Plague in India, 1896, 1897 - Volume 1
Year: 1896
Disease focus: Plague
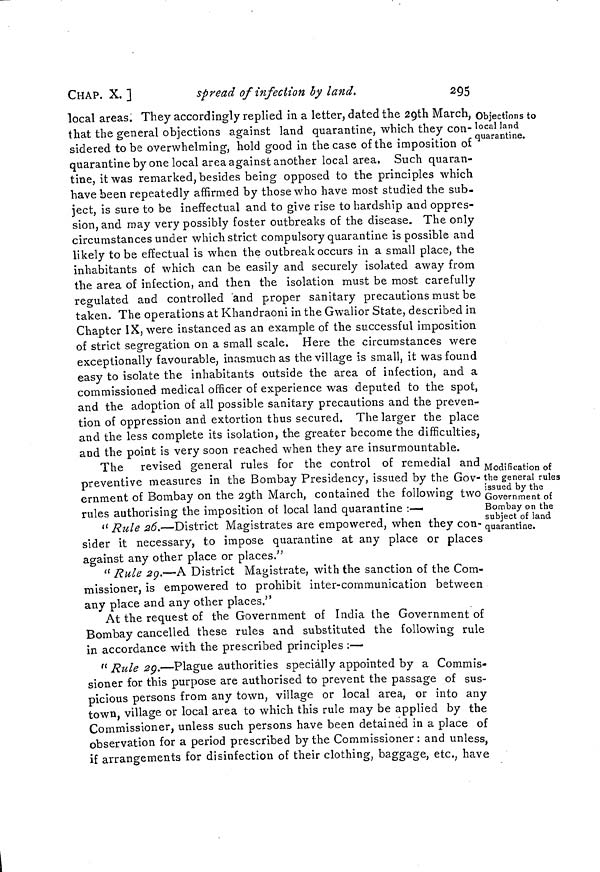
CHAP. X. ]
spread of infection by land.
295
Objections to
local land
quarantine.
local areas. They accordingly replied in a letter, dated the 29th March,
that the general objections against land quarantine, which they con-
sidered to be overwhelming, hold good in the case of the imposition of
quarantine by one local area against another local area, Such quaran-
tine, it was remarked, besides being opposed to the principles which
have been repeatedly affirmed by those who have most studied the sub-
ject, is sure to be ineffectual and to give rise to hardship and oppres-
sion, and may very possibly foster outbreaks of the disease. The only
circumstances under which strict compulsory quarantine is possible and
likely to be effectual is when the outbreak occurs in a small place, the
inhabitants of which can be easily and securely isolated away from
the area of infection, and then the isolation must be most carefully
regulated and controlled and proper sanitary precautions must be
taken. The operations at Khandraoni in the Gwalior State, described in
Chapter IX, were instanced as an example of the successful imposition
of strict segregation on a small scale, Here the circumstances were
exceptionally favourable, inasmuch as the village is small, it was found
easy to isolate the inhabitants outside the area of infection, and a
commissioned medical officer of experience was deputed to the spot,
and the adoption of all possible sanitary precautions and the preven-
tion of oppression and extortion thus secured. The larger the place
and the less complete its isolation, the greater become the difficulties,
and the point is very soon reached when they are insurmountable.
Modification of
the general rules
issued by the
Government of
Bombay on the
subject of land
quarantine.
The revised general rules for the control of remedial and
preventive measures in the Bombay Presidency, issued by the Gov-
ernment of Bombay on the 29th March, contained the following two
rules authorising the imposition of local land quarantine :—
" Rule 26.—District Magistrates are empowered, when they con-
sider it necessary, to impose quarantine at any place or places
against any other place or places."
" Rule 29.—A District Magistrate, with the sanction of the Com-
missioner, is empowered to prohibit inter-cornmunication between
any place and any other places."
At the request of the Government of India the Government of
Bombay cancelled these rules and substituted the following rule
in accordance with the prescribed principles :—
" Rule 29.—Plague authorities specially appointed by a Commis-
sioner for this purpose are authorised to prevent the passage of sus-
picious persons from any town, village or local area, or into any
town, village or local area to which this rule may be applied by the
Commissioner, unless such persons have been detained in a place of
observation for a period prescribed by the Commissioner: and unless,
if arrangements for disinfection of their clothing, baggage, etc., have